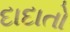
દાદાતો